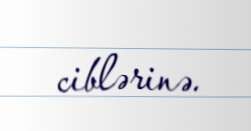
ciblərinə.